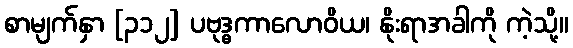
စာမျက်နှာ [၃၁၂] ပဗုဒ္ဓကာလောဝိယ၊ နိုးရာအခါကို ကဲ့သို့။